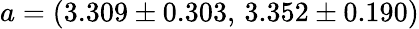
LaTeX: a=(3.309\pm 0.303,\, 3.352\pm 0.190)